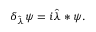
\delta _ { \hat { \lambda } } \psi = i \hat { \lambda } \ast \psi .